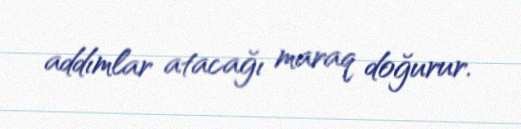
addımlar atacağı maraq doğurur.